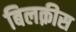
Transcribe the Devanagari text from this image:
बिलक़ीस